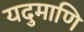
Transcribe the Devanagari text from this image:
यदुमाणि